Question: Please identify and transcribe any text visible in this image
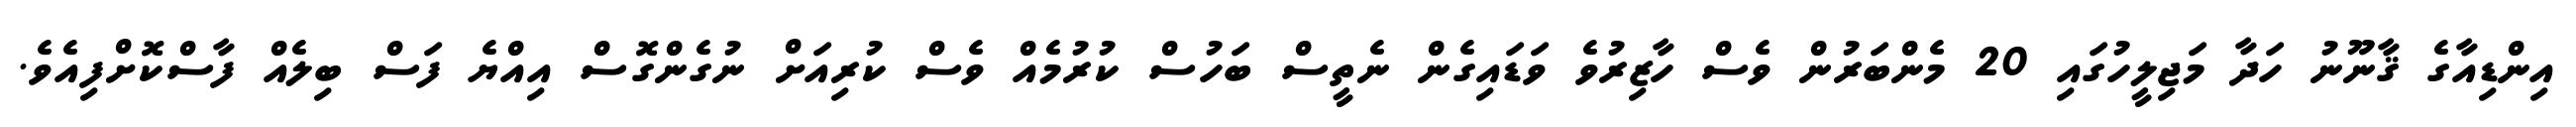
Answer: އިންޑިއާގެ ޤާނޫނު ހަދާ މަޖިލީހުގައި 20 މެންބަރުން ވެސް ހާޒިރުވެ ވަޑައިގެން ނެތީސް ބަހުސް ކުރުމެއް ވެސް ކުރިއަށް ނުގެންގޮސް އިއްޔެ ފަސް ބިލެއް ފާސްކޮށްފިއެވެ.